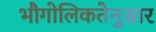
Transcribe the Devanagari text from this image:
भौगोलिकतेनुसार